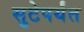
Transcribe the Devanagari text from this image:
सुटेपर्यंत